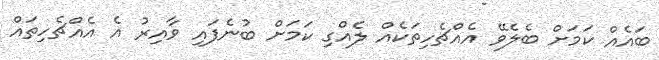
ބައެއް ކަމަށް ބެލެވޭ އެއްޗެހިތަކެއް ލެއްގި ކަމަށް ބުނެފައި ވާއިރު އެ އެއްޗެހިތައް